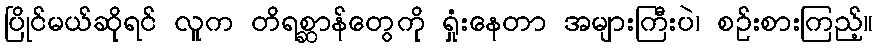
ပြိုင်မယ်ဆိုရင် လူက တိရစ္ဆာန်တွေကို ရှုံးနေတာ အများကြီးပဲ၊ စဉ်းစားကြည့်။